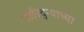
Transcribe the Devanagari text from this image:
दारिद्ऱ्याच्या